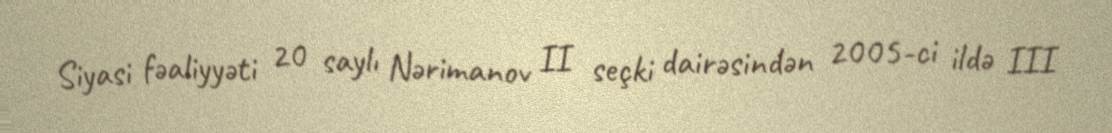
Siyasi fəaliyyəti 20 saylı Nərimanov II seçki dairəsindən 2005-ci ildə III